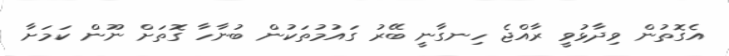
އެގޮތުން ވިދާޅުވީ ރާއްޖެ ހިނގާނީ ބޭރު ގައުމުތަކުން ބުނާހާ ގޮތަށް ނޫން ކަމަށާ